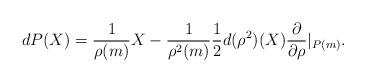
LaTeX: \begin{align*}dP(X) = \frac{1}{\rho(m)}X - \frac{1}{\rho^2(m)}\frac{1}{2}d(\rho^2)(X)\frac{\partial}{\partial\rho}|_{P(m)}.\end{align*}